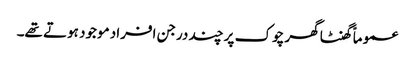
عموماً گھنٹا گھر چوک پر چند درجن افراد موجود ہوتے تھے۔